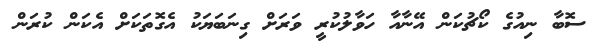
ސޮބާ ނިއުގެ ކޯޗުކަން އޭނާއާ ހަވާލުކުރީ ވަރަށް ގިނަބަޔަކު އެގޮތަކަށް އެކަން ކުރަން